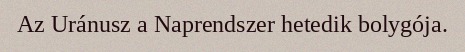
Az Uránusz a Naprendszer hetedik bolygója.